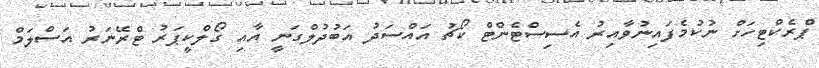
ޕްރެކްޓިހަށް ނުކުމެފައިނުވާއިރު އެސިސްޓެންޓް ކޯޗު އައްސަދު އަބުދުލްގަނީ އާއި ގޯލްކީޕަރު ޓްރޭނަރު އަސްލަމް